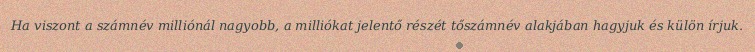
Ha viszont a számnév milliónál nagyobb, a milliókat jelentő részét tőszámnév alakjában hagyjuk és külön írjuk.